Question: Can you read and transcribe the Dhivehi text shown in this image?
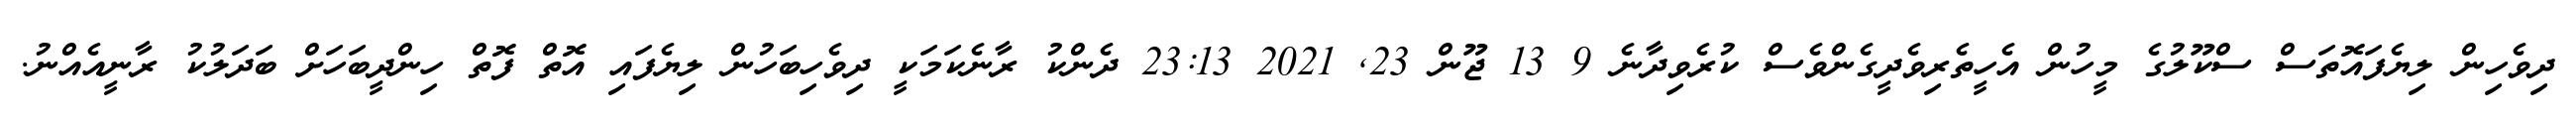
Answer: ދިވެހިން ލިޔެފައޮތަސް ސްކޫލުގެ މީހުން އެހީތެރިވެދީގެންވެސް ކުރެވިދާނެ 9 13 ޖޫން 23, 2021 23:13 ދެންކު ރާނެކަމަކީ ދިވެހިބަހުން ލިޔެފައި އޮތް ފޮތް ހިންދީބަހަށް ބަދަލުކު ރާނީއެއްނު.